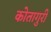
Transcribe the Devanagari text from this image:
कोतागुरी